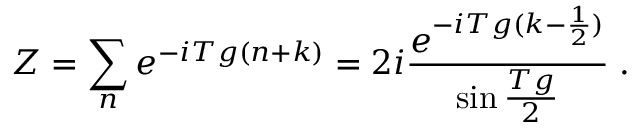
Z = \sum _ { n } e ^ { - i T g ( n + k ) } = 2 i \frac { e ^ { - i T g ( k - \frac { 1 } { 2 } ) } } { \sin \frac { T g } { 2 } } \; .